Materia medica of Madras volume I
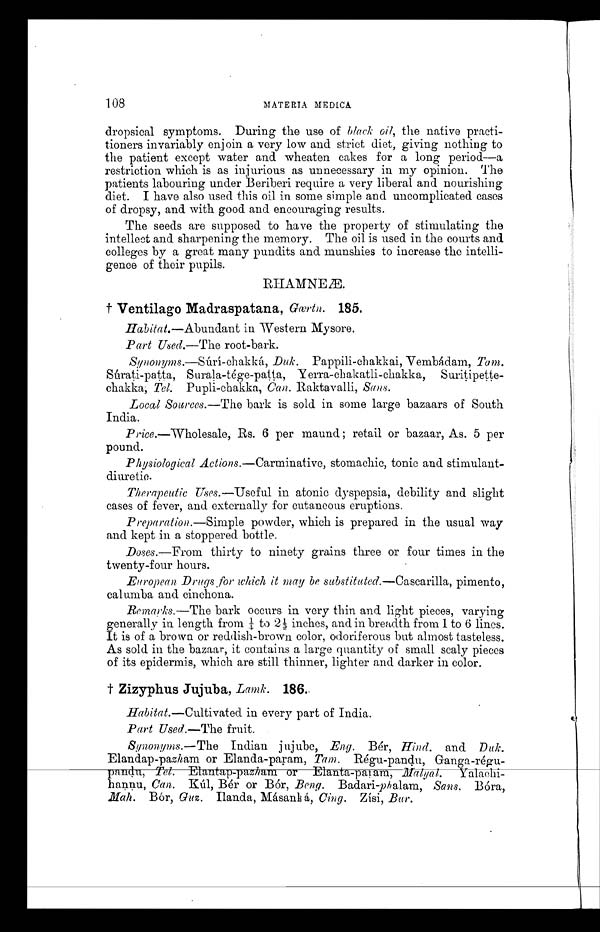
108
MATERIA MEDICA
dropsical symptoms. During the use of black oil, the native practi-
tioners invariably enjoin a very low and strict diet, giving nothing to
the patient except water and wheaten cakes for a long period—a
restriction which is as injurious as unnecessary in my opinion. The
patients labouring under Beriberi require a very liberal and nourishing
diet. I have also used this oil in some simple and uncomplicated cases
of dropsy, and with good and encouraging results.
The seeds are supposed to have the property of stimulating the
intellect and sharpening the memory. The oil is used in the courts and
colleges by a great many pundits and munshies to increase the intelli-
gence of their pupils.
RHAMNEÆ.
† Ventilago Madraspatana, Gærtn. 185.
Habitat.—Abundant in Western Mysore.
Part Used.—The root-bark.
Synonyms.—Súrí-chakká Duk. Pappili-chakkai, Vembádam, Tam.
Súrati-patta, Surala-tége-patta,Yerra-chakatli-chakka, Suritipette-
chakka; Tel. Pupli-chakka, Can. Raktavalli, Sans.
Local Sources.—The bark is sold in some large bazaars of South
India.
Price .—Wholesale, Rs. 6 per maund ; retail or bazaar, As. 5 per
pound.
Physiological Actions. —Carminative , stomachic, tonic and stimulant-
diuretic.
Therapeutic Uses .—Useful in atonic dyspepsia, debility and slight
cases of fever, and externally for cutaneous eruptions.
Preparation.—Simple powder, which is prepared in the usual way
and kept in a stoppered bottle.
Doses.—From thirty to ninety grains three or four times in the
twenty-four hours.
European Drugs for which it may be substituted.—Cascarilla , pimento,
calumba and cinchona.
Remarks.—The bark occurs in very thin and light pieces, varying
generally in length from ¼ to 2½ inches, and in breadth from 1 to 6 lines.
It is of a brown or reddish-brown color, odoriferous but almost tasteless.
As sold in the bazaar, it contains a large quantity of small scaly pieces
of its epidermis, which are still thinner, lighter and darker in color.
† Zizyphus Jujuba, Lamk. 186.
Habitat .—Cultivated in every part of India.
Part Used.—The fruit.
Synonyms.—The Indian jujube, Eng. Bér, Hind. and D u k .
Elandap-pazham or Elanda-param, Tam. Régu-pandu, Ganga-régu-
pandit, Tel. Elantap-pazham or Elanta-param, Malyal. Yalachi-
hannu, Can. Kúl, Bér or Bór, Beng. Badari-ph alam, Sans. Bóra,
Mah. Bór, Guz. Ilanda, Másank á, Cing. Zísi, Bur.